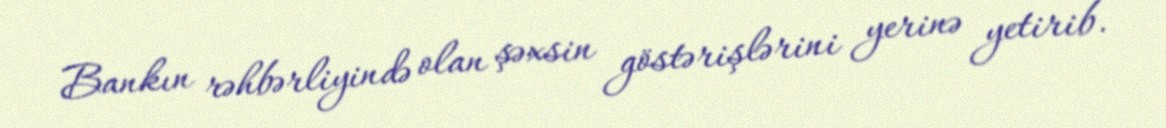
Bankın rəhbərliyində olan şəxsin göstərişlərini yerinə yetirib.